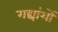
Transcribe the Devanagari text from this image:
गद्यांशों